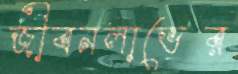
জীবনলাভের